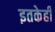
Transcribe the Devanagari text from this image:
इतकेही